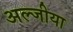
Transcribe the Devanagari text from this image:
अल्जीया